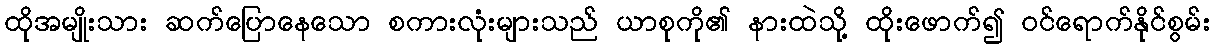
ထိုအမျိုးသား ဆက်ပြောနေသော စကားလုံးများသည် ယာစုကို၏ နားထဲသို့ ထိုးဖောက်၍ ဝင်ရောက်နိုင်စွမ်း